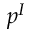
p ^ { I }